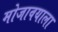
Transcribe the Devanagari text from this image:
मोजावयाला